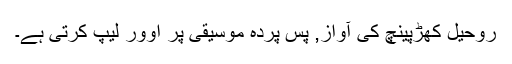
روحیل کھڑپینچ کی آواز, پس پردہ موسیقی پر اوور لیپ کرتی ہے۔